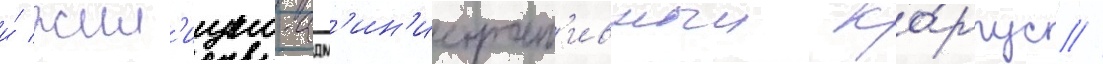
и́ жил'ищно-адм'ин'истрат'ивныи ко́рпус //